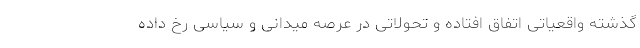
گذشته واقعیاتی اتفاق افتاده و تحولاتی در عرصه میدانی و سیاسی رخ داده